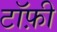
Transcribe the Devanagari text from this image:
टॉफ़ी